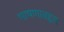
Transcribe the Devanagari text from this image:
भाषणाबद्दल